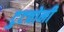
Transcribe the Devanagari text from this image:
टुटचोनी